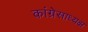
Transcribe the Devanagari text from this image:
कांग्रेसाध्यक्ष